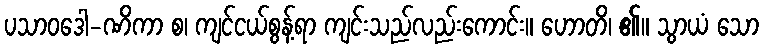
ပသာဝဒေါ-ဏိကာ စ၊ ကျင်ငယ်စွန့်ရာ ကျင်းသည်လည်းကောင်း။ ဟောတိ၊ ၏။ သွာယံ သော